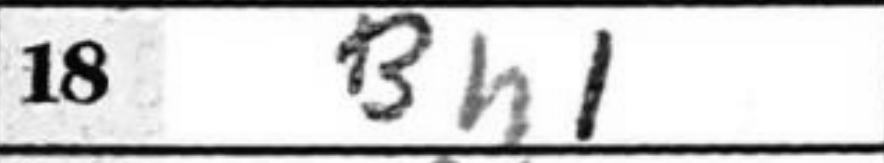
Transcription: Bh1